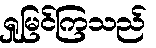
ရှုမြင်ကြသည်